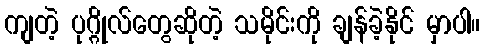
ကျတဲ့ ပုဂ္ဂိုလ်တွေဆိုတဲ့ သမိုင်းကို ချန်ခဲ့နိုင် မှာပါ။